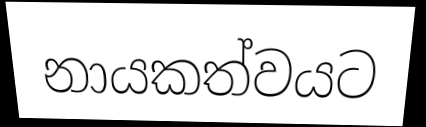
නායකත්වයට